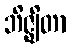
ဘိဇ္ဈိတာ